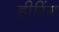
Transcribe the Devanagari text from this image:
डीरिंग